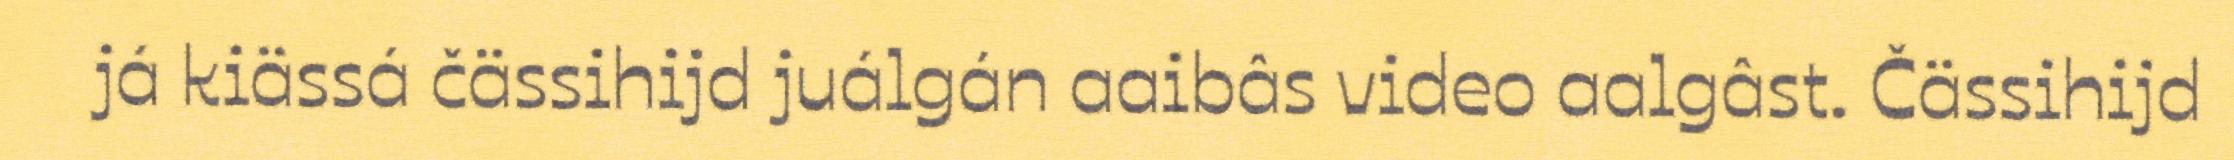
já kiässá čässihijd juálgán aaibâs video aalgâst. Čässihijd